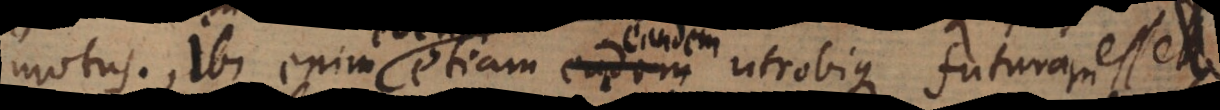
motus. Ibi enim etiam eadem utrobique futura esset